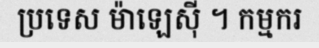
ប្រទេស ម៉ាឡេស៊ី ។ កម្មករ